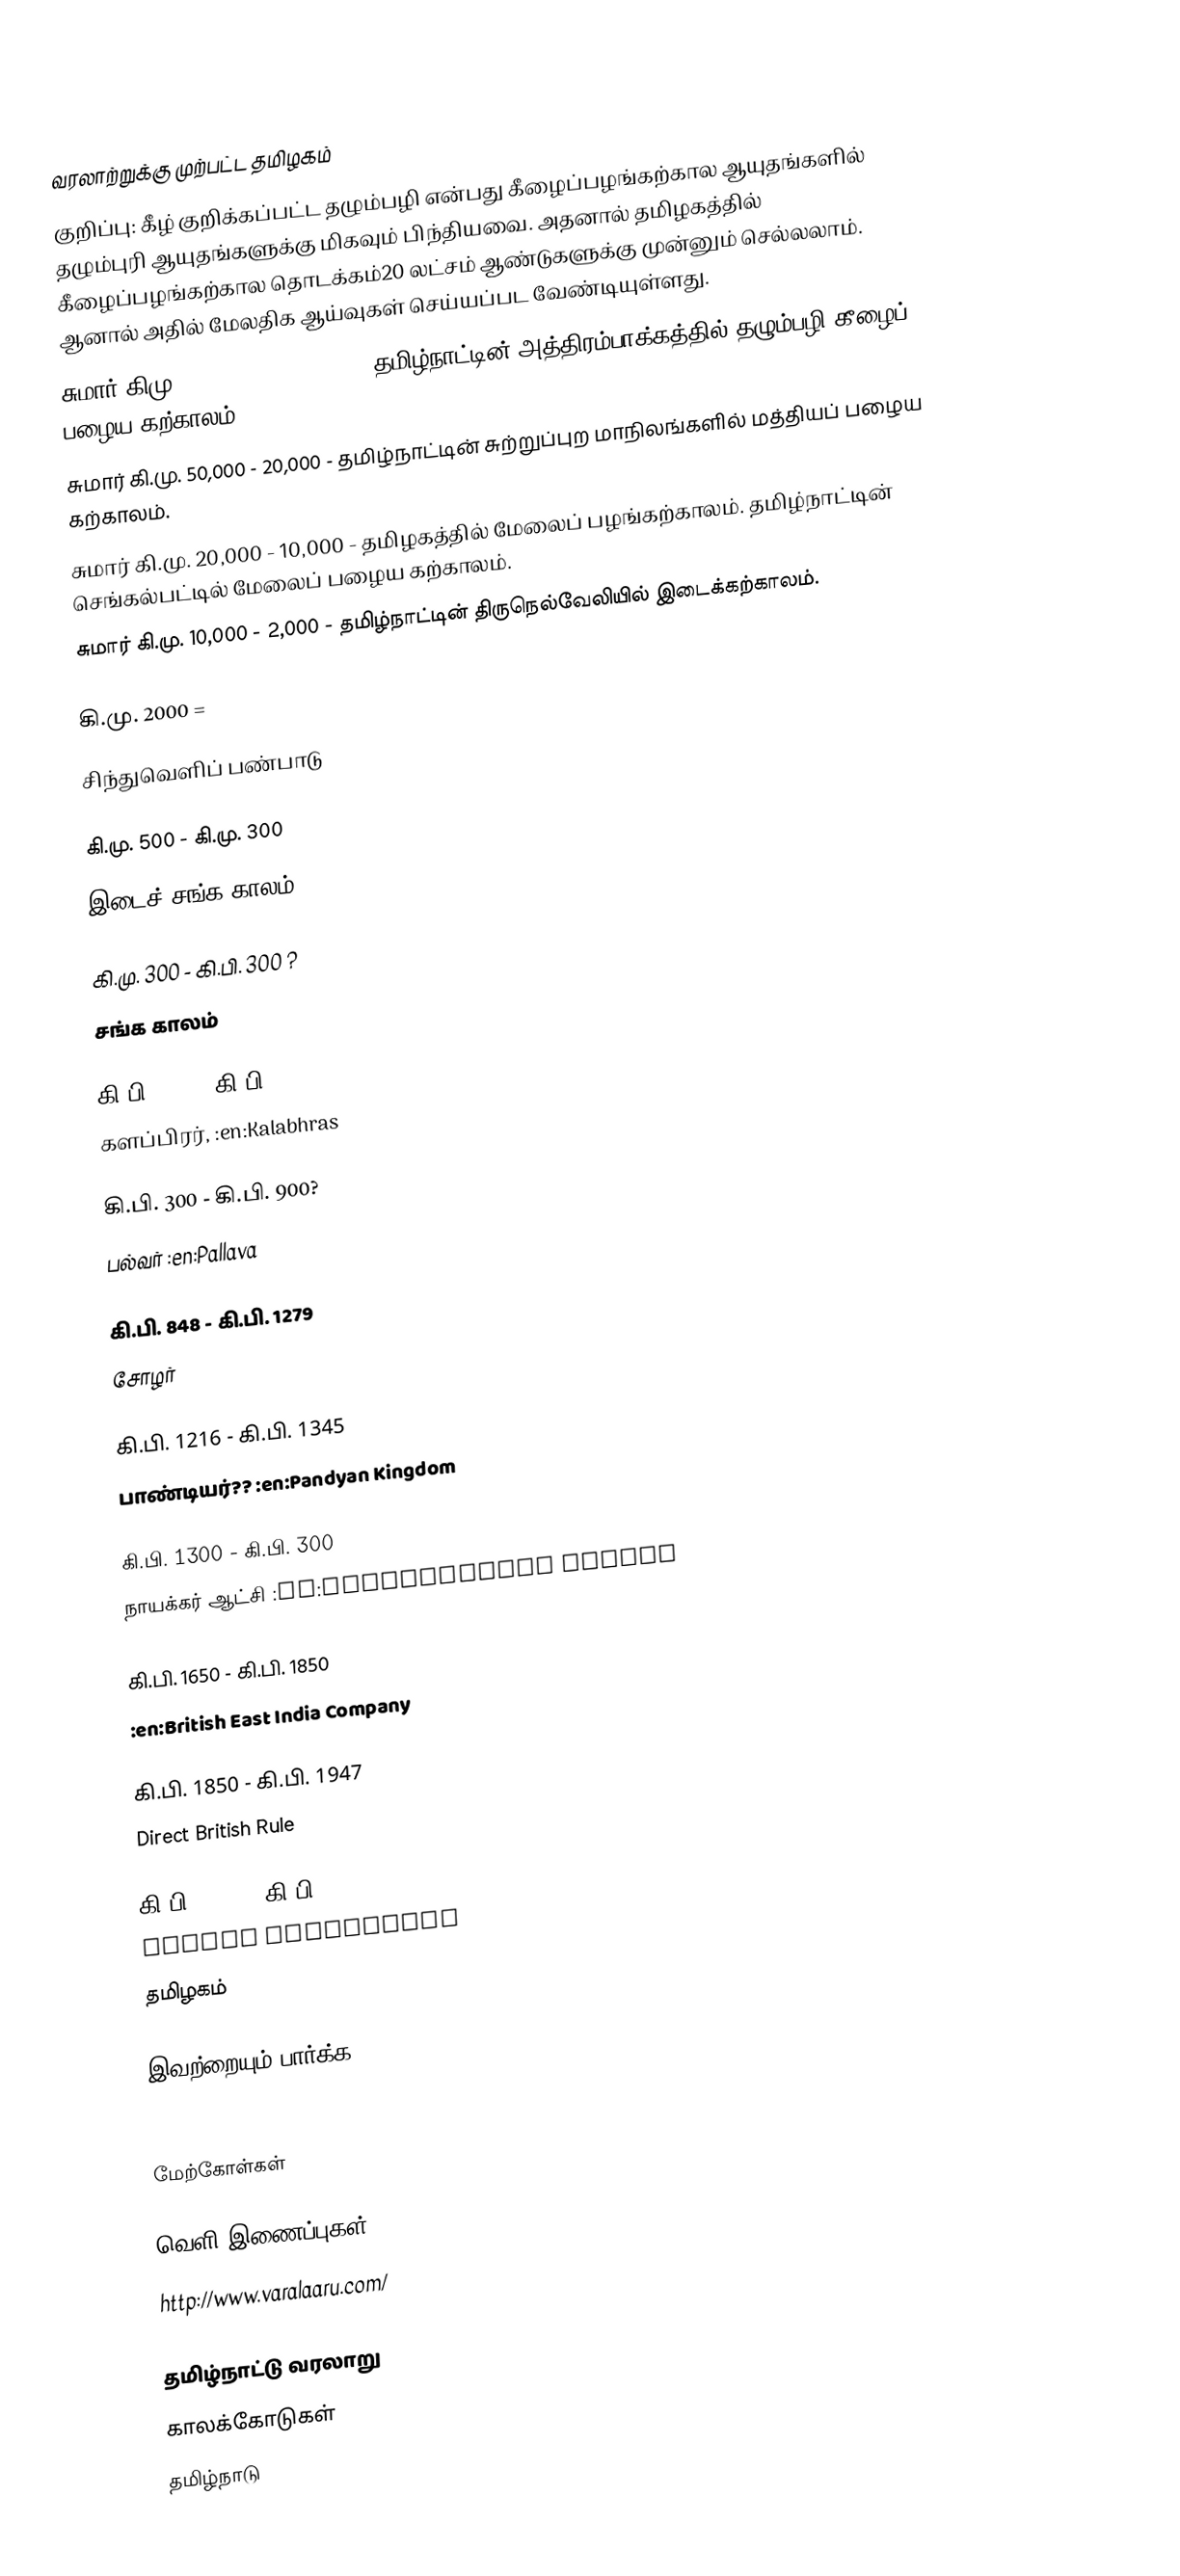

வரலாற்றுக்கு முற்பட்ட தமிழகம்
குறிப்பு: கீழ் குறிக்கப்பட்ட தழும்பழி என்பது கீழைப்பழங்கற்கால ஆயுதங்களில் தழும்புரி ஆயுதங்களுக்கு மிகவும் பிந்தியவை. அதனால் தமிழகத்தில் கீழைப்பழங்கற்கால தொடக்கம்20 லட்சம் ஆண்டுகளுக்கு முன்னும் செல்லலாம். ஆனால் அதில் மேலதிக ஆய்வுகள் செய்யப்பட வேண்டியுள்ளது.
சுமார் கிமு. 15,10,000 - 50,000 - தமிழ்நாட்டின் அத்திரம்பாக்கத்தில் தழும்பழி கீழைப் பழைய கற்காலம்.
சுமார் கி.மு. 50,000 - 20,000 - தமிழ்நாட்டின் சுற்றுப்புற மாநிலங்களில் மத்தியப் பழைய கற்காலம்.
சுமார் கி.மு. 20,000 - 10,000 - தமிழகத்தில் மேலைப் பழங்கற்காலம். தமிழ்நாட்டின் செங்கல்பட்டில் மேலைப் பழைய கற்காலம்.
சுமார் கி.மு. 10,000 - 2,000 - தமிழ்நாட்டின் திருநெல்வேலியில் இடைக்கற்காலம்.

கி.மு. 2000 =
 சிந்துவெளிப் பண்பாடு

கி.மு. 500 - கி.மு. 300
 இடைச் சங்க காலம்

கி.மு. 300 - கி.பி. 300 ?
 சங்க காலம்

கி.பி. 300 - கி.பி. 550
 களப்பிரர்,  :en:Kalabhras

கி.பி. 300 - கி.பி. 900?
 பல்வர் :en:Pallava

கி.பி. 848 - கி.பி. 1279
 சோழர்

கி.பி. 1216 - கி.பி. 1345
 பாண்டியர்??  :en:Pandyan Kingdom

கி.பி. 1300 - கி.பி. 300
 நாயக்கர் ஆட்சி :en:Vijayanagara Empire

கி.பி. 1650 - கி.பி. 1850
 :en:British East India Company

கி.பி. 1850 - கி.பி. 1947
 Direct British Rule

கி.பி. 1947 - கி.பி. 2006
 Indian Federation
 தமிழகம்

இவற்றையும் பார்க்க
 :en:History of Tamil Nadu

மேற்கோள்கள்

வெளி இணைப்புகள்
 http://www.varalaaru.com/

தமிழ்நாட்டு வரலாறு
காலக்கோடுகள்
தமிழ்நாடு